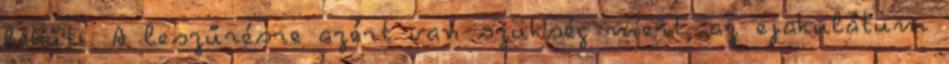
lehűti. A leszűrésre azért van szükség mert, az ejakulátum